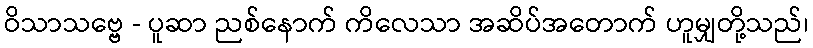
ဝိသာသဗ္ဗေ - ပူဆာ ညစ်နောက် ကိလေသာ အဆိပ်အတောက် ဟူမျှတို့သည်၊